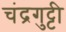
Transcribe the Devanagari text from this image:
चंद्रगुट्टी